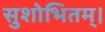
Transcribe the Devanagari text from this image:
सुशोभितम्।